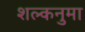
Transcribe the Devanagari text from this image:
शल्कनुमा